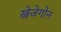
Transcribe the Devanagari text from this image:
खेजेगोन